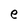
Character: e